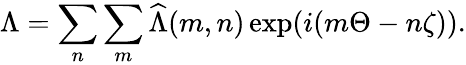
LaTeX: \Lambda=\sum_{n}\sum_{m}\widehat{\Lambda}(m,n)\exp(i(m\Theta-n\zeta)).